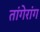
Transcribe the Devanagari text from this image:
तांगेरांग